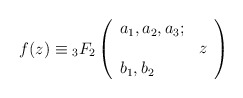
\begin{align*}f(z)\equiv{_3F_2}\left(\begin{array}{l}a_1,a_2,a_3;\hspace{5mm}\\\hspace{2cm}z\\b_1,b_2\end{array}\right)\end{align*}